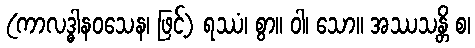
(ကာလဒ္ဓါနဝသေန၊ ဖြင့်) ရဿံ၊ စွာ။ ဝါ၊ သော။ အဿသန္တိ စ၊